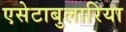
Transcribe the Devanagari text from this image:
एसेटाबुलारिया